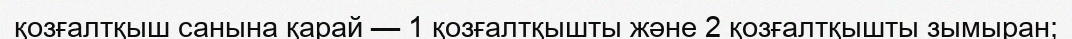
қозғалтқыш санына қарай — 1 қозғалтқышты және 2 қозғалтқышты зымыран;